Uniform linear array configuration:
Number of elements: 24
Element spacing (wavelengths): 0.5
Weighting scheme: exponential
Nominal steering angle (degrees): -45
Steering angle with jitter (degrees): -43.295
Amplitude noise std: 0.05
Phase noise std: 0.05

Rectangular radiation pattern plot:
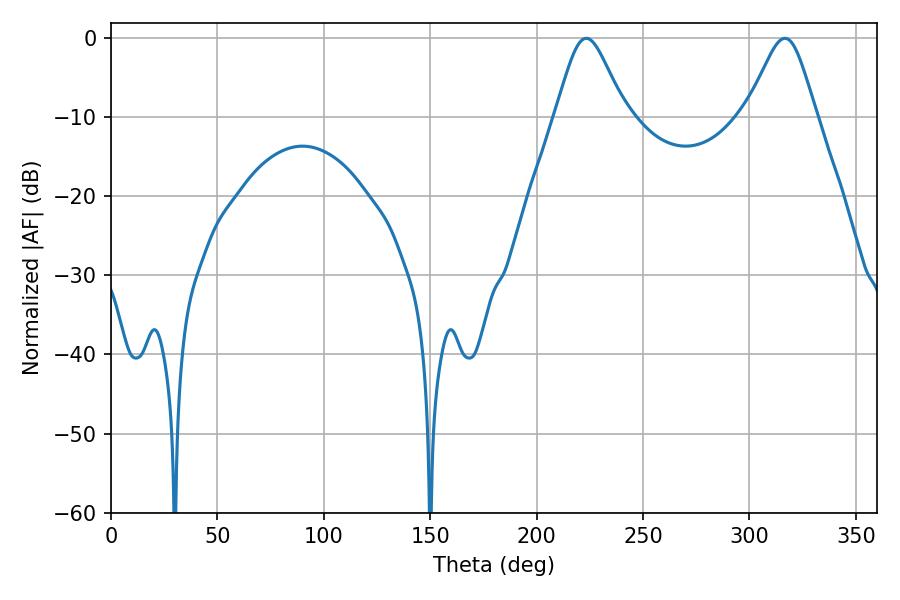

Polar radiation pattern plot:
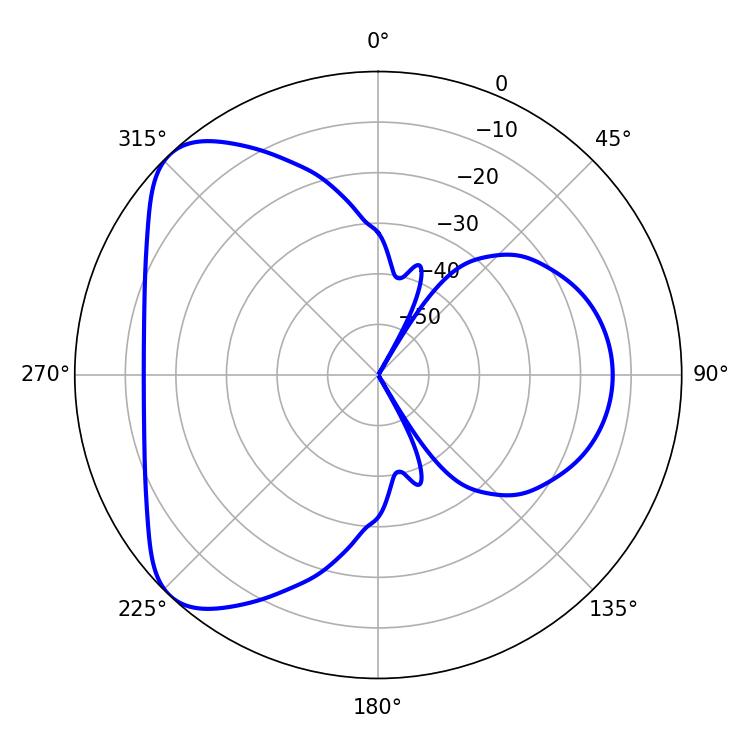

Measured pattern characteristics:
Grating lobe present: FALSE
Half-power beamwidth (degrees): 16.2
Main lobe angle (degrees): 223.38